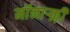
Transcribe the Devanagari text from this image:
मॉंनाऱ्क़़ी